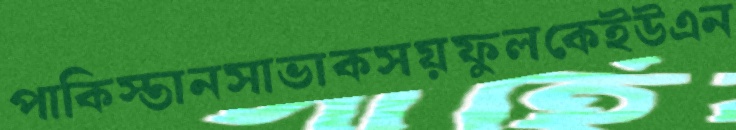
পাকিস্তানসাভাকসয়ফুলকেইউএন